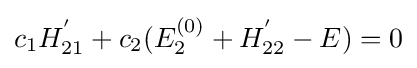
{{c}_{1}}H_{21}^{'}+{{c}_{2}}(E_{2}^{(0)}+H_{22}^{'}-E)=0